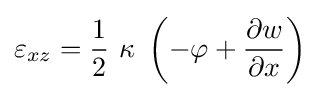
\varepsilon _{xz}={\frac {1}{2}}~\kappa ~\left(-\varphi +{\frac {\partial w}{\partial x}}\right)